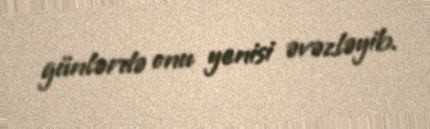
günlərdə onu yenisi əvəzləyib.